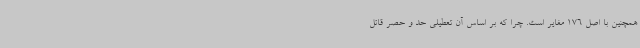
همچنین با اصل 176 مغایر است. چرا که بر اساس آن تعطیلی حد و حصر قائل